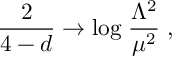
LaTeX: \frac { 2 } { 4 - d } \rightarrow \mathrm { { l o g } } \; \frac { \Lambda ^ { 2 } } { \mu ^ { 2 } } \; , \nonumber